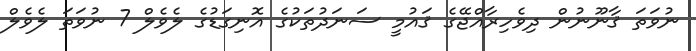
ނުވަތަ ޤާނޫނުން ދިވެހިރާއްޖޭގެ ޤައުމީ ސަނަދުތަކުގެ އޮނިގަޑުގެ ލެވެލް 7 ނުވަތަ ލެވެލް